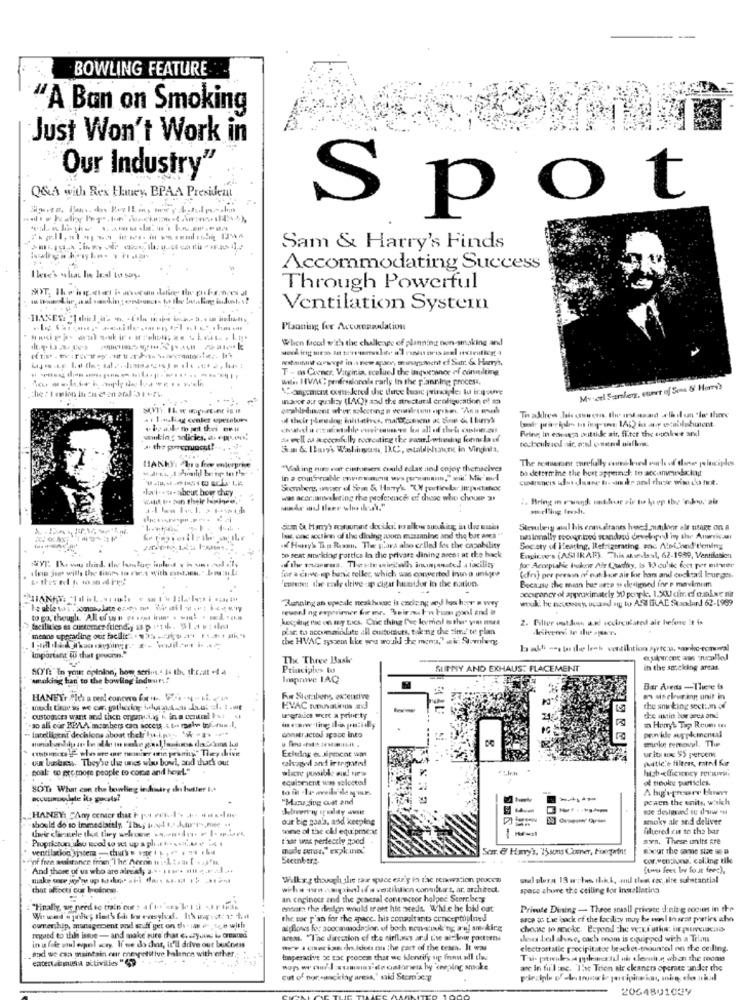
BOWLING FEATURE ..
'A Ban on Smoking
Just Won't Work in
Our Industry"
Q&A with Rex Haney BPAA President
Spot
Sam & Harry's Finds
Accommodating Success
Through Powerful
Ventilation System
Planning fer Accorandation
When faced with the challenge of planning non-smoking and
kommt aravar in- new apace, management ef Sun: & Hurryi,
T - os Corner. Virginia scelueJ the inqwesenor of consulting
wils. HVA: professionale rarly In the planning process.
he : 1 onion In En eton oral:31+f
. Gagement oxone.Jered the three basic principles tu Er.pourve
My cel Sarherz, ctiver of Some &' Hamis
44
Indoor aur qualizy (LAC)) axd the structural crofiguration of za
Bring In ecwvenga ivittide air, filter the coolwe andl
wiking policies, as epson,
Sa & lars Walisus, D.C. etablishant in Vindala.
The resturant carefully ces beied euch of diese principdos
"Vaking nite vat cintoeser could edat and enjoy themselves
bo determine the bort appernst: to accanimeddatiunit
.la'i++ta-seabout how they
Stemberg, owner of Sein & Hary's "UN particular Jn poctatice
was accranekiting the peoference etf chiese who chouse 31
Sterubery ausl his ennedranes hoed suaskoor ale usage on a
lag ons scctinn of the dining asom masaning and the but anea "
af Hany's Tap Rismu. Thee Bara also called fos the capability
Society of Heating, Refrigerating, and Alothond temning
to seat smoking patties in die private dining aren: at the back
Engive's (ASIIRAF). This steslasl, 62-1989, Ventilation
une jse with the titors to rice with cont.en." Im:n.L:
of the moonrus. These wingloth iningenated a tocility
for a chive-up bank teller which was converted Into unire
for Acceptatie Indoor Alr Charttry, Is V) oublc fort por mimer
(dr) pee peesin of ous boe air lor hans and cocktail hour ges.
'EBietet the cale drive ap cigar heutdor in the nation.
Because the mean bus urze us designed for o mavimim
accagency of approximately 90 porpk. 1.X) cfr. ef traplxe nit
Running an epscale neakhouse is encing and bass hogy n wy
reusel ng expeviner for mr. Voirauch'w Fum gool and is
keeping nie on sey tucs. Cric thing I've kymol other" yo met
2. Filter outlou ax! secirculated ale before It is
facilities as custeener friendly as prtih. Wat et ile
plar. to accumanddate all oultonstets, taking the time" te plan
meine upgrading out facilit-4 75 - - - Mi"
che HVAC syszem like wu woukl te mem," air Somlang
Important IS that povera."
The Three Baske
aukmone ams ncalled
A(71:"In your opinion, how serios,4 Is the the.at .4 4
Principles to
SUNNY AND EXHAUS: PLACEMENT
its the soscking areas.
smoking han to the bowling indour !!
Improve LAQ
Bar Arens -There is
HANETr.fles a ved! concero box .. Vor- y. il.
Fur Sterbens, extensive
m aineluring unit in
HVAC nuovaticus and
the anw ting secti.m of
custom.ces want and then oryantal,ag . in a centcel Ius .
werud murt a priority
so all our BPAA mcathers con access . . to rehe toi-rus .I.
provide supplemental
I Homy's Tap Reum In
Intelligent decisions about thehr lui.py, ' " -
constractol space into
moke remnevyl. The
Eclering edipment was
uut business. They're the unes who bowl, and thatk out
ur.its use 55 percen
Patic'è filtres, mind for
hoal: sp erc more people to come and here."
equipment was selected!
of nooks pueticles.
SOT. What eme the bowling industry thi hutter I ..
Kounmpoate its guests?
"Mauging cost and
pcaen the units, which
.HANEY: "Any center that tros vet ... .. ...
should do so Immediately Thug toast s, huur'r's,me .
our bie gan's, and keeping
smoky ale and deliver
tone of the chf equipment
Thered ci to the bar
Propristuns ubo scal to set up a list.Mv i4
that was perfectly good
axn. These units are
ventilacion sprtema -chu's # 20 1 .. .
Scar. @ Harry's, 75, sms Comer, Fixegwin:
Sur the same size us a
Steenbtr:
cor.von:luna. cal.ing tik
And those of us who are almost, a.s . her mit g.Pal at
[two fees boy four forc),
su plura 13 w:les thik, and test res, site substantial
that affecti our breinos.
wiha on asapbalofa veitiltion consiltat, ar. architod.
space zbure the ceiling for inalletira
in cecinoce and the general contractor helper Stern berg
"Finally, we need to train our : after kr di FFI
ensure the design would treet his seeds. While he bail out
Private Dining - Three snaall private dining cocios in the
the war p'an for the space. his consultants conceptoulned
seca so tie back of the facility may be moul Insrat parties who
ouership, management and stuff get on the- im e- cce with
allows for poocamodasior. of boch non-suuking ari am kirg
noted to this issue - and make sure that every.ins i Created
in a file otul opel scry. Ii we do chat, it'll dave out bud'ness
areas. "The direction of de sirflaws and Eve air-kowe porterni
deses beil afinve, cach mom is equipped with a Telans
god we can maintain cur enexpetitive halenen with other
we'e 4 cmer ias de idee on the part of the team. It was
electrostatic precipitator bescket-tnountel on the ceiling.
cater kommun activities "?
Imperative 30 tac peocem that we hlentify up front all the
ac in fu'l :ne. The Trion ar ckaners operace under the
cut of nor -macklay aresa,' said Stomac.
2064801034